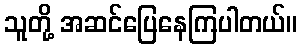
သူတို့ အဆင်ပြေနေကြပါတယ်။